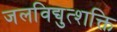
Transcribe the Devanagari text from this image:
जलविद्युत्शक्ति